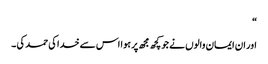
“
اور ان ایمان والوں نے جو کچھ مجھ پر ہوا اس سے خدا کی حمد کی ۔